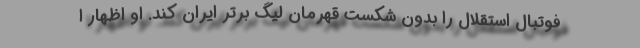
فوتبال استقلال را بدون شکست قهرمان لیگ برتر ایران کند. او اظهار ا